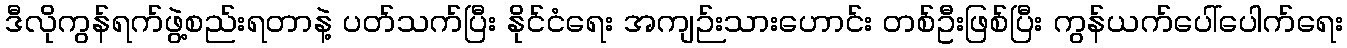
ဒီလိုကွန်ရက်ဖွဲ့စည်းရတာနဲ့ ပတ်သက်ပြီး နိုင်ငံရေး အကျဉ်းသားဟောင်း တစ်ဦးဖြစ်ပြီး ကွန်ယက်ပေါ်ပေါက်ရေး